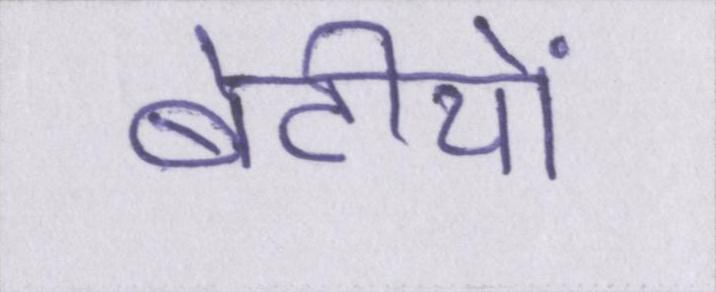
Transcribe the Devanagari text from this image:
बेटीयों